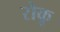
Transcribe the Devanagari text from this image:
रोकू